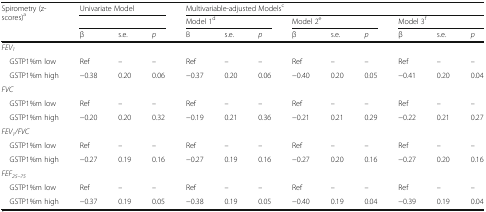
| <ROWSPAN=3> Spirometry (z-scores)a | <COLSPAN=3> Univariate Model | <COLSPAN=9> Multivariable-adjusted Modelsc |
 | <COLSPAN=3>  | <COLSPAN=3> Model 1d | <COLSPAN=3> Model 2e | <COLSPAN=3> Model 3f |
 | β | s.e. | p | Β | s.e. | p | β | s.e. | p | β | s.e. | p |
 | --- | --- | --- | --- | --- | --- | --- | --- | --- | --- | --- | --- | --- |
 | FEV1 |  |  |  |  |  |  |  |  |  |  |  |  |
 | GSTP1%m low | Ref | – | – | Ref | – | – | Ref | – | – | Ref | – | – |
 | GSTP1%m high | −0.38 | 0.20 | 0.06 | −0.37 | 0.20 | 0.06 | −0.40 | 0.20 | 0.05 | −0.41 | 0.20 | 0.04 |
 | FVC |  |  |  |  |  |  |  |  |  |  |  |  |
 | GSTP1%m low | Ref | – | – | Ref | – | – | Ref | – | – | Ref | – | – |
 | GSTP1%m high | −0.20 | 0.20 | 0.32 | −0.19 | 0.21 | 0.36 | −0.21 | 0.21 | 0.29 | −0.22 | 0.21 | 0.27 |
 | FEV1/FVC |  |  |  |  |  |  |  |  |  |  |  |  |
 | GSTP1%m low | Ref | – | – | Ref | – | – | Ref | – | – | Ref | – | – |
 | GSTP1%m high | −0.27 | 0.19 | 0.16 | −0.27 | 0.19 | 0.16 | −0.27 | 0.20 | 0.16 | −0.27 | 0.20 | 0.16 |
 | FEF25–75 |  |  |  |  |  |  |  |  |  |  |  |  |
 | GSTP1%m low | Ref | – | – | Ref | – | – | Ref | – | – | Ref | – | – |
 | GSTP1%m high | −0.37 | 0.19 | 0.05 | −0.38 | 0.19 | 0.05 | −0.40 | 0.19 | 0.04 | −0.39 | 0.19 | 0.04 |